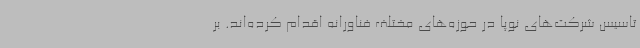
تاسیس شرکت‌های نوپا در حوزه‌های مختلف فناورانه اقدام کرده‌اند. بر